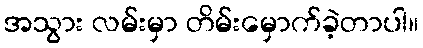
အသွား လမ်းမှာ တိမ်းမှောက်ခဲ့တာပါ။